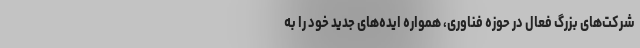
شرکت‌های بزرگ فعال در حوزه فناوری، همواره ایده‌های جدید خود را به